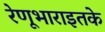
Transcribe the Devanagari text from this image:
रेणूभाराइतके